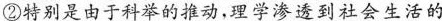
②\underline{特别是由于科举的推动}，理学渗透到社会生活的